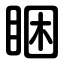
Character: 睏